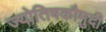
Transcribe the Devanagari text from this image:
ज्योतिषकौमुदी